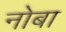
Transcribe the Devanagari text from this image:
नोबा